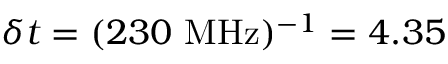
\delta t = ( 2 3 0 \ \mathrm { M H z } ) ^ { - 1 } = 4 . 3 5